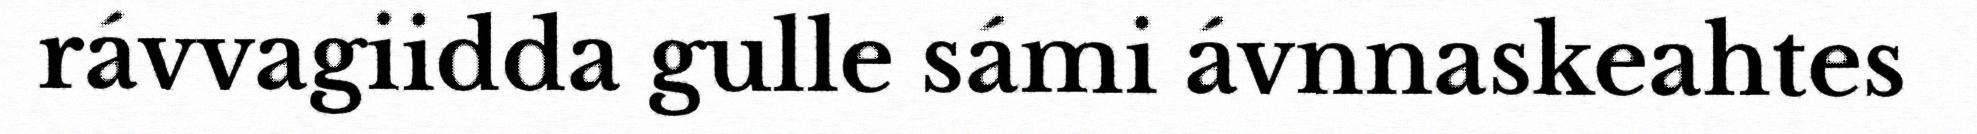
rávvagiidda gulle sámi ávnnaskeahtes